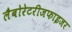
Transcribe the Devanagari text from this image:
लैबोरेटरीजफाइजर